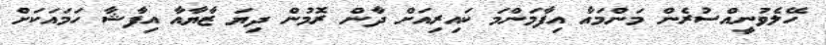
ހޭލެވުނީއްސުރެން މަންމައާ އިފާމަންމަ ކައިރިއަށް ދާން ރޮމުން ދިޔަ ޒާޔާއާ އިފާޝާ ހަމައަކަށް